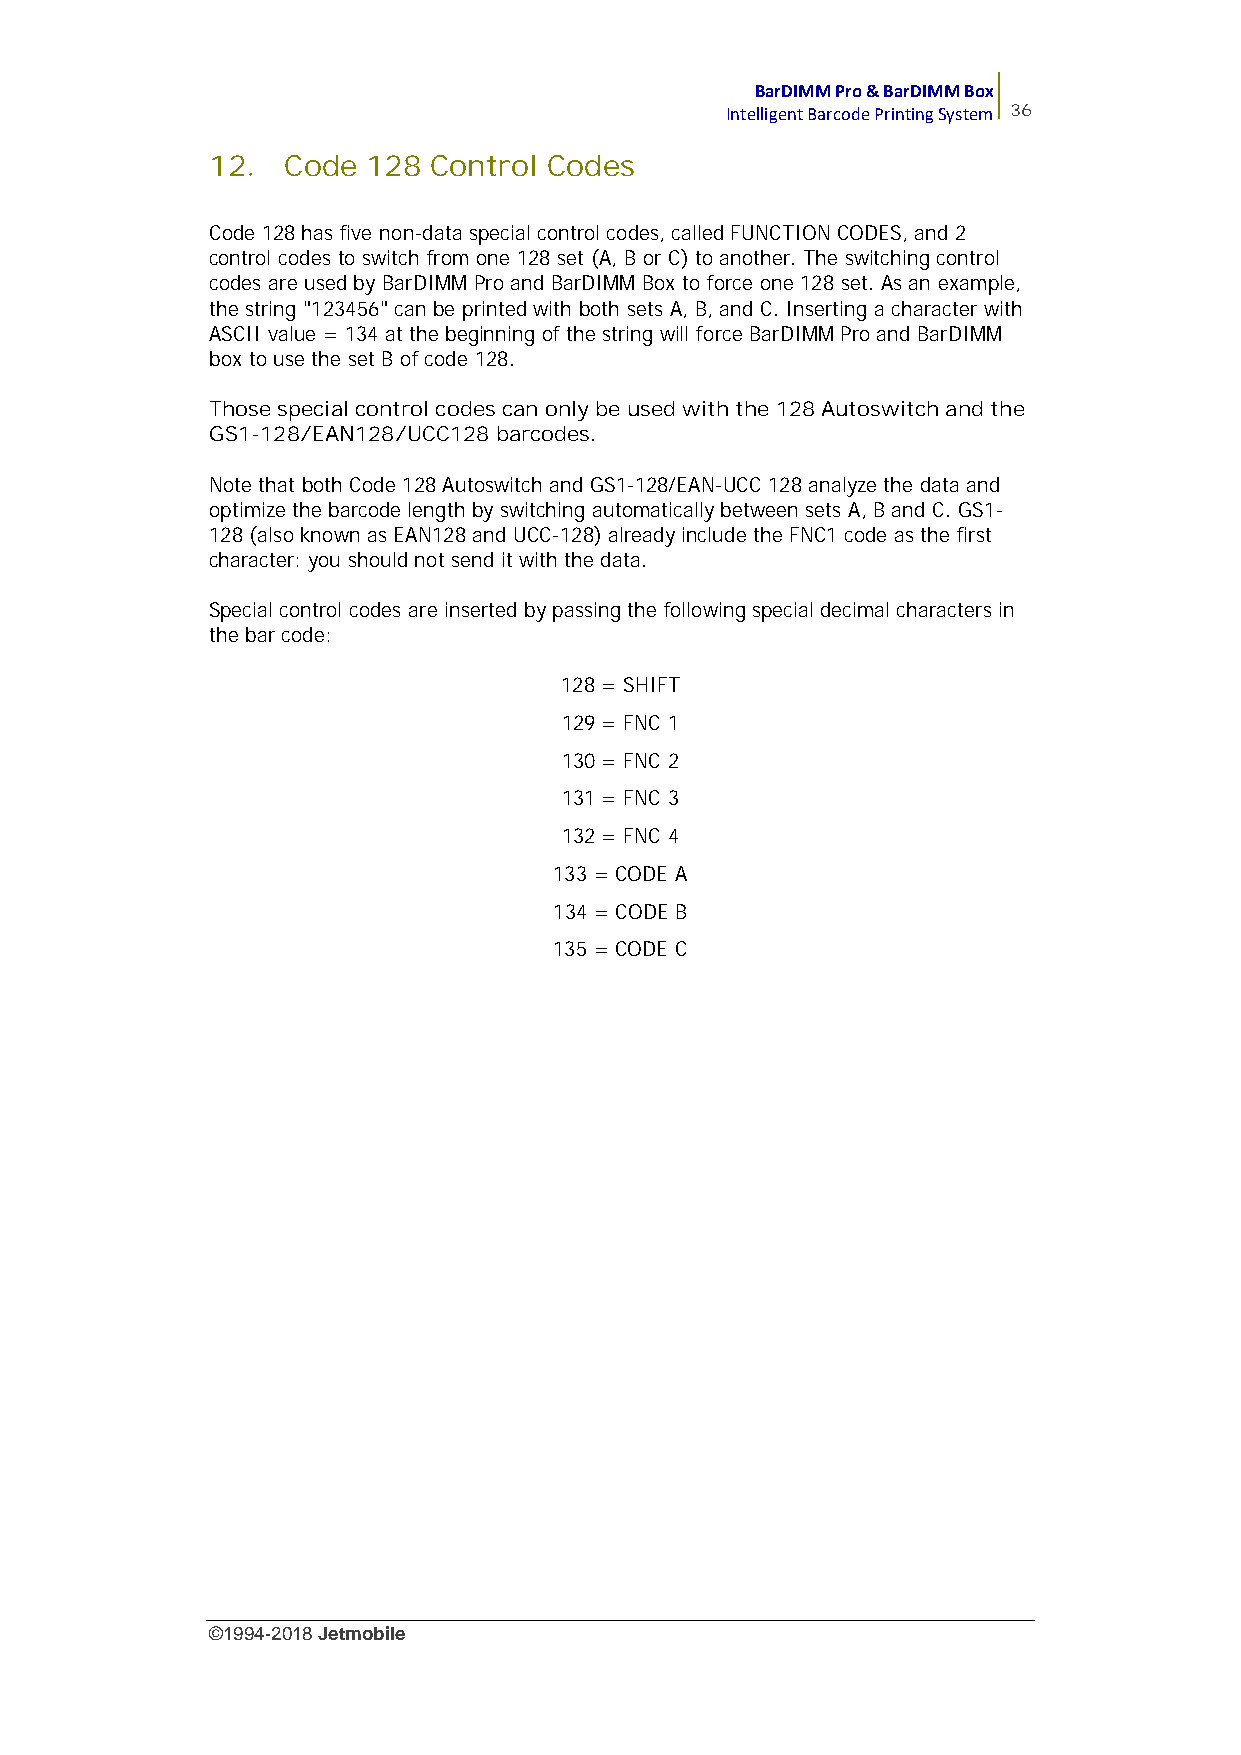
BarDIMM Pro & BarDIMM Box
 Intelligent Barcode Printing System 36
 12.  Code 128 Control Codes
 Code 128 has five non-data special control codes, called FUNCTION CODES, and 2
 control codes to switch from one 128 set (A, B or C) to another. The switching control
 codes are used by BarDIMM Pro and BarDIMM Box to force one 128 set. As an example,
 the string "123456" can be printed with both sets A, B, and C. Inserting a character with
 ASCII value = 134 at the beginning of the string will force BarDIMM Pro and BarDIMM
 box to use the set B of code 128.
 Those special control codes can only be used with the 128 Autoswitch and the
 GS1-128/EAN128/UCC128 barcodes.
 Note that both Code 128 Autoswitch and GS1-128/EAN-UCC 128 analyze the data and
 optimize the barcode length by switching automatically between sets A, B and C. GS1-
 128 (also known as EAN128 and UCC-128) already include the FNC1 code as the first
 character: you should not send it with the data.
 Special control codes are inserted by passing the following special decimal characters in
 the bar code:
 128 = SHIFT
 129 = FNC 1
 130 = FNC 2
 131 = FNC 3
 132 = FNC 4
 133 = CODE A
 134 = CODE B
 135 = CODE C
 ©1994-2018Jetmobile
 E
 r
 r
 o